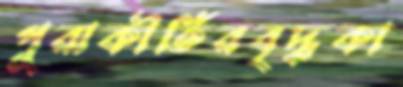
পুরাকীর্তিরবৃদ্ধকা